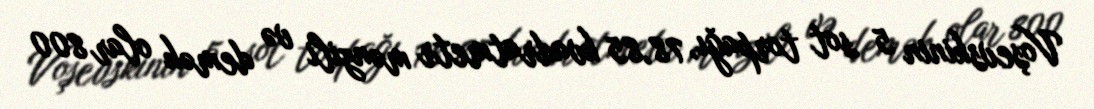
Voşevskinin 5 sot torpağı, 78,85 kvadratmetr mənzili və demək olar 800